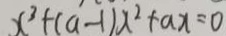
x ^ { 3 } + ( a - 1 ) x ^ { 2 } + a x = 0